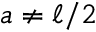
a \neq \ell / 2